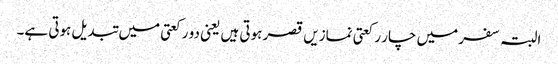
البتہ سفر میں چار رکعتی نمازیں قصر ہوتی ہیں یعنی دو رکعتی میں تبدیل ہوتی ہے۔